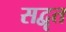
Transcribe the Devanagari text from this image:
सद्वृत